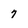
Character: 7